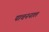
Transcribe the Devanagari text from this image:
पाचननाल